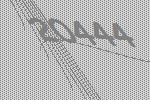
20444